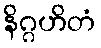
နိဂ္ဂဟိတံ